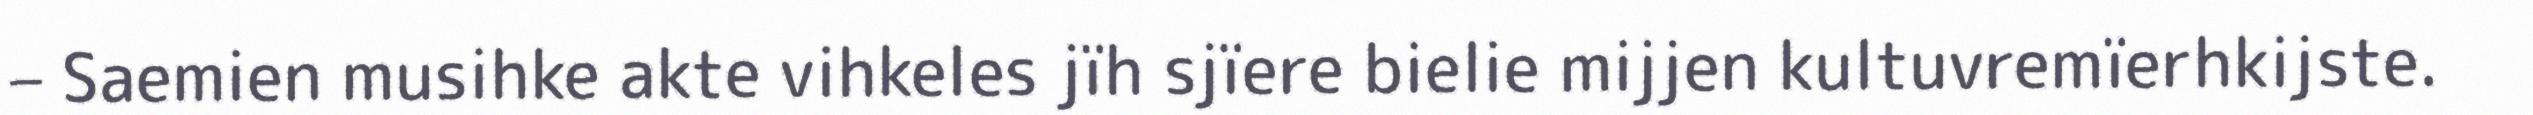
– Saemien musihke akte vihkeles jïh sjïere bielie mijjen kultuvremïerhkijste.